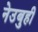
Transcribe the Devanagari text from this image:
नेउबुही